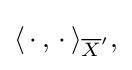
{\textstyle \langle \,\cdot \,,\,\cdot \,\rangle _{{\overline {X}}^{\prime }},}